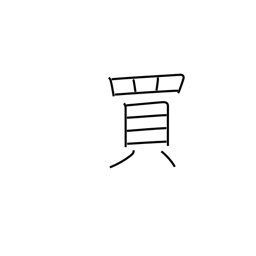
Meaning: buy